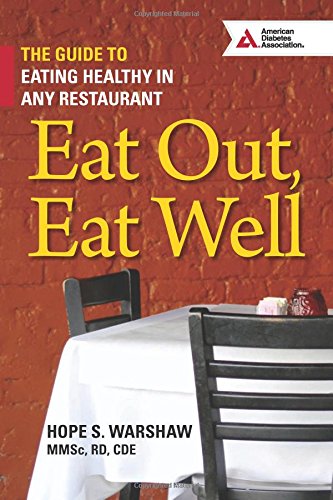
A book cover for Eat Out, Eat Well: The Guide to Eating Healthy in Any Restaurant; Hope S. Warshaw R.D.; Cookbooks, Food & Wine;